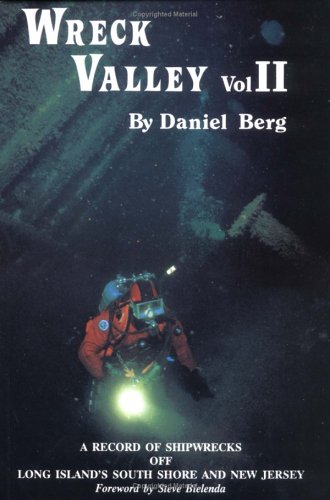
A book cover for Wreck Valley, Volume 2: A Record of Shipwrecks off Long Island's South Shore and New Jersey; Daniel Berg; Travel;